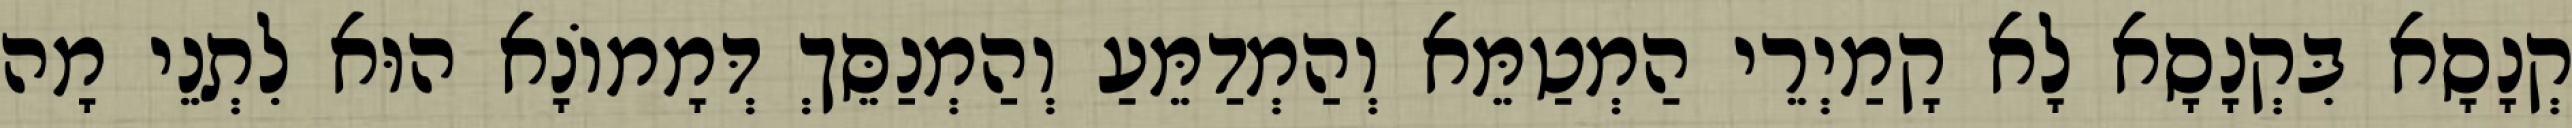
קְנָסָא בִּקְנָסָא לָא קָמַיְרֵי הַמְטַמֵּא וְהַמְדַמֵּעַ וְהַמְנַסֵּךְ דְּמָמוֹנָא הוּא לִתְנֵי מָה